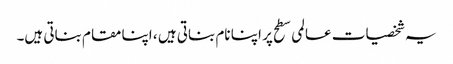
یہ شخصیات عالمی سطح پر اپنا نام بناتی ہیں ، اپنا مقام بناتی ہیں۔